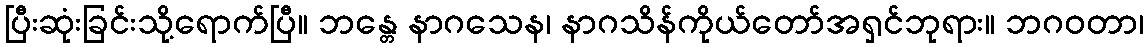
ပြီးဆုံးခြင်းသို့ရောက်ပြီ။ ဘန္တေ နာဂသေန၊ နာဂသိန်ကိုယ်တော်အရှင်ဘုရား။ ဘဂဝတာ၊